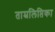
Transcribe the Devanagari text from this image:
ताम्रलिप्तिका